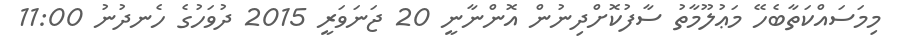
މިމަސައްކަތާބެހޭ މަޢުލޫމާތު ސާފުކޮށްދިނުން އޮންނާނީ 20 ޖަނަވަރީ 2015 ދުވަހުގެ ހެނދުނު 11:00